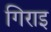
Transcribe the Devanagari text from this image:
गिराइ